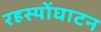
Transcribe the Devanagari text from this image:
रहस्योंघाटन